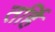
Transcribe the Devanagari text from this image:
तर्हि